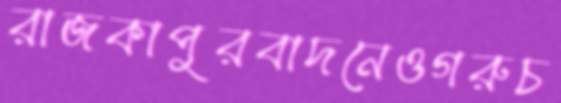
রাজকাপুরবাদনেওগরুচ